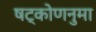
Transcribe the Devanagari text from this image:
षट्कोणनुमा